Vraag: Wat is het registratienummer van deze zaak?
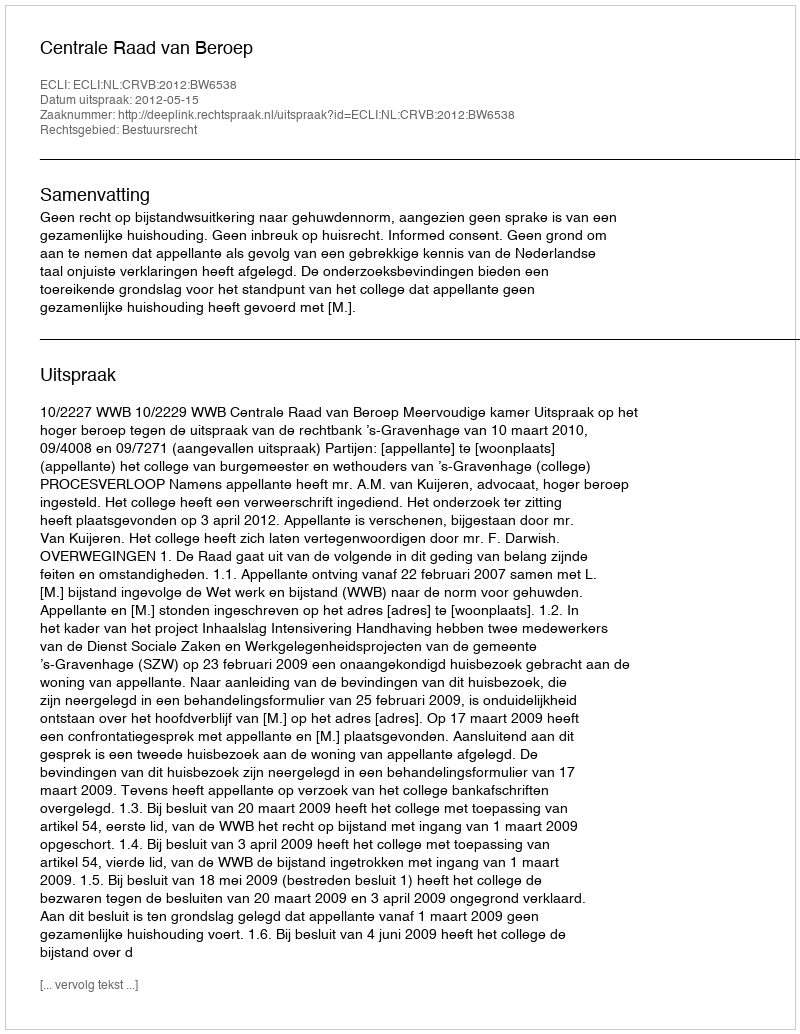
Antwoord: http://deeplink.rechtspraak.nl/uitspraak?id=ECLI:NL:CRVB:2012:BW6538